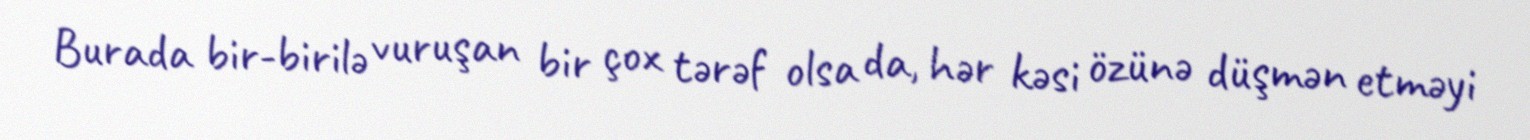
Burada bir-birilə vuruşan bir çox tərəf olsa da, hər kəsi özünə düşmən etməyi